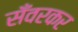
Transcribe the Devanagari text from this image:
सँवरकर